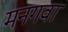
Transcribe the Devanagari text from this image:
मनगवां